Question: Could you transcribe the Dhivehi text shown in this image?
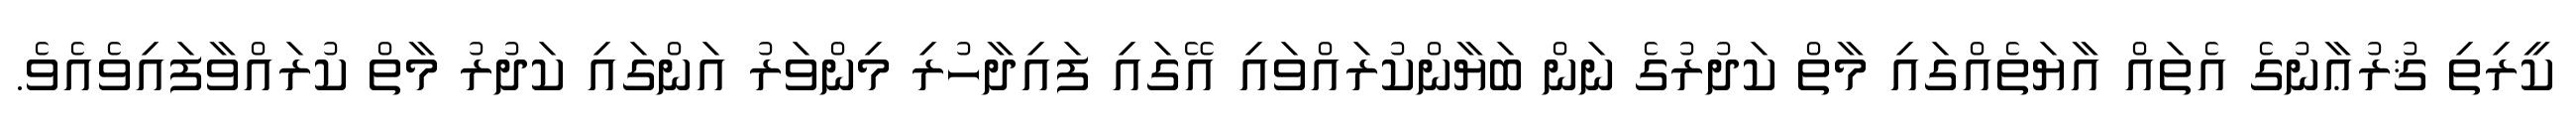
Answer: ކީރިތި ޤުރުޢާނުގެ އެތައް އާޔަތެއްގައި މާތް ކަދުރުގެ ނަން ބަޔާންކުރައްވައި އޭގައި ފައިދާހުރި މިންވަރު އަންގައި ކަދުރު މާތް ކުރައްވާފައިވެއެވެ.